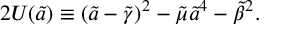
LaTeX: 2 U ( \tilde { a } ) \equiv ( \tilde { a } - { \tilde { \gamma } } ) ^ { 2 } - \tilde { \mu } { \tilde { a } } ^ { 4 } - { \tilde { \beta } } ^ { 2 } .